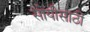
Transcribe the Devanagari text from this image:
सोयीसाठीं